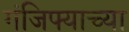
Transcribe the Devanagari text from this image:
गंजिफ्याच्या